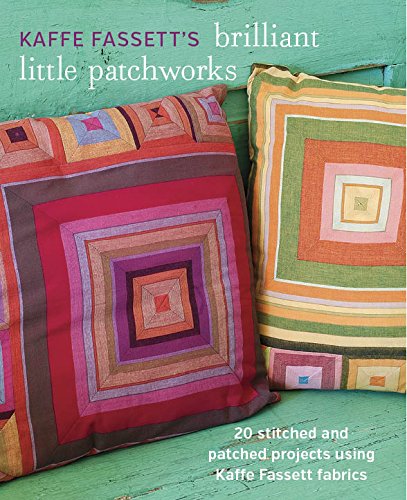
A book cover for Kaffe Fassett's Brilliant Little Patchworks: 20 stitched and patched projects using Kafe Fassett fabrics; Kaffe Fassett; Crafts, Hobbies & Home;